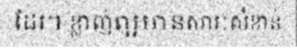
ដែរ។ ខ្លាញ់ល្អមានសារៈសំខាន់